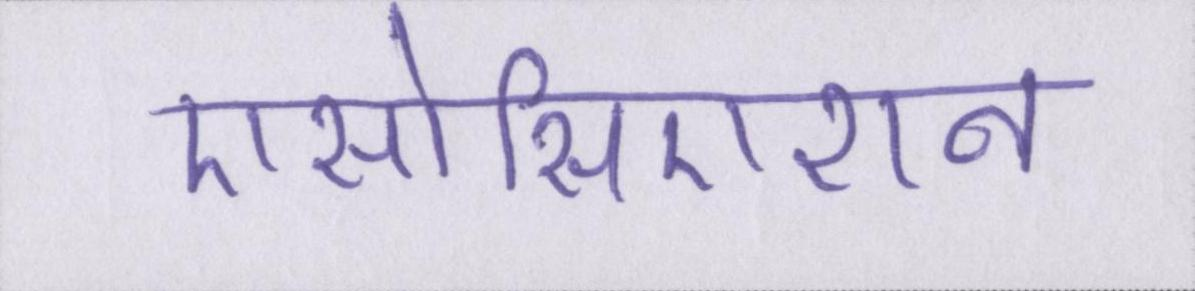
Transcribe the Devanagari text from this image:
एसोसिएशन